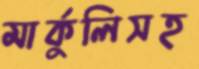
মার্কুলিসহ